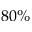
8 0 \%